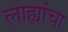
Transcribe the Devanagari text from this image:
लाह्यांचा